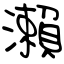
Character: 瀨